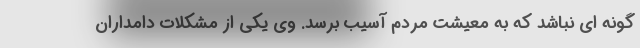
گونه ای نباشد که به معیشت مردم آسیب برسد. وی یکی از مشکلات دامداران